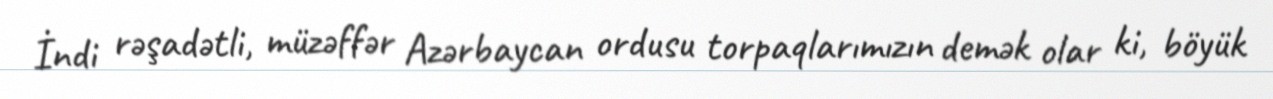
İndi rəşadətli, müzəffər Azərbaycan ordusu torpaqlarımızın demək olar ki, böyük